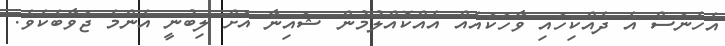
އެހެނަސް އެ ދެއްކިހައި ވާހަކައެއް އެއްކޮއްލުމުން ޝައިނާ އަށް ލިބުނީ އެންމެ ޖަވާބެކެވެ.